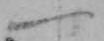
一